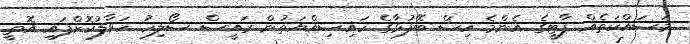
މަސައްކަތެއް ޕާޓީގެ އެންމެ އިސް ބޭފުޅާގެ ހައިސިއްޔަތުން ރައީސް ސޯލިހު ހަވާލުކޮށްފައި އޮތީ